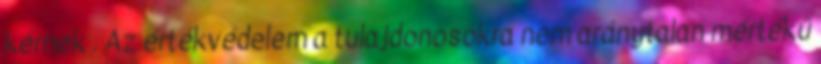
kérnek . Az értékvédelem a tulajdonosokra nem aránytalan mértékű